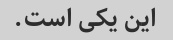
این یکی است.